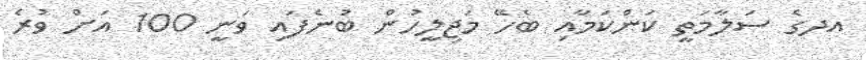
އދގެ ސަލާމަތީ ކަންކަމާއި ބެހޭ މަޖިލީހުން ބުނެފައި ވަނީ 100 އަށް ވުރެ